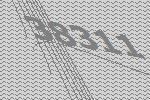
38311